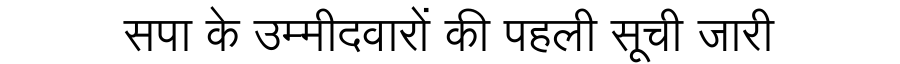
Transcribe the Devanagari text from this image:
सपा के उम्मीदवारों की पहली सूची जारी